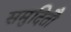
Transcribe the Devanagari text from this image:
समुदितौ